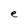
Character: e